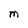
Character: M